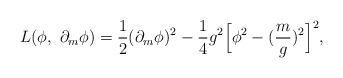
LaTeX: \begin{align*}L(\phi, \ \partial_m \phi) = \frac{1}{2} (\partial_m \phi)^2 - \frac{1}{4}g^2 \Bigl[ \phi^2- (\frac{m}{g})^2 \Bigr]^2, \end{align*}